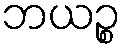
ဘယဉ္စ